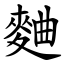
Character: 麯